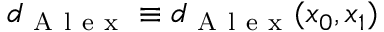
d _ { \mathrm { ~ A ~ l ~ e ~ x ~ } } \equiv d _ { \mathrm { ~ A ~ l ~ e ~ x ~ } } ( x _ { 0 } , x _ { 1 } )